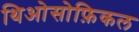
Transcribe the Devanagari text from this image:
थिओसोफ़िकल